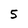
Character: 5